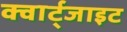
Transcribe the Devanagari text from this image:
क्वार्ट्जाइट